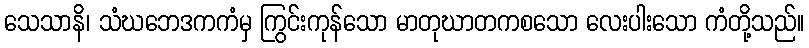
သေသာနိ၊ သံဃဘေဒကကံမှ ကြွင်းကုန်သော မာတုဃာတကစသော လေးပါးသော ကံတို့သည်။